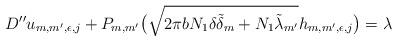
LaTeX: \begin{align*}D''u_{m,m',\epsilon,j}+P_{m,m'}\big(\sqrt{2\pi bN_1\delta\tilde\delta_m+N_1 \tilde{\lambda}_{m'}}h_{m,m',\epsilon,j}\big)=\lambda\end{align*}